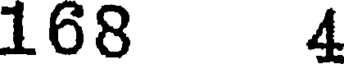
168 4